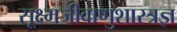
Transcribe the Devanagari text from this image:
सूक्ष्मजीवाणुशास्त्रज्ञ